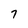
Character: 7